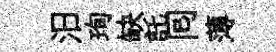
汨珣缺託囘薄